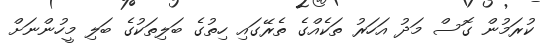
ކުރަމުން ގޮސް މަދު އަހަރު ތަކެއްގެ ތެރޭގައި ހިތުގެ ބަލިތަކުގެ ބަލި މީހުންނަށް